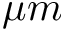
{ \mu m }